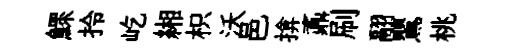
鰥拎屹緗枳沃邑揜鼒刷翮鸎桃